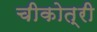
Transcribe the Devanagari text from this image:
चीकोत्री